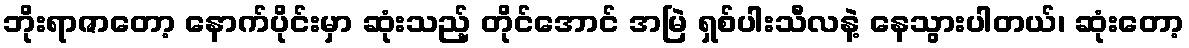
ဘိုးရာဇာတော့ နောက်ပိုင်းမှာ ဆုံးသည့် တိုင်အောင် အမြဲ ရှစ်ပါးသီလနဲ့ နေသွားပါတယ်၊ ဆုံးတော့